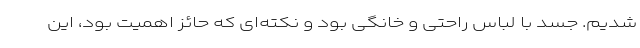
شدیم. جسد با لباس راحتی و خانگی بود و نکته‌ای که حائز اهمیت بود، این